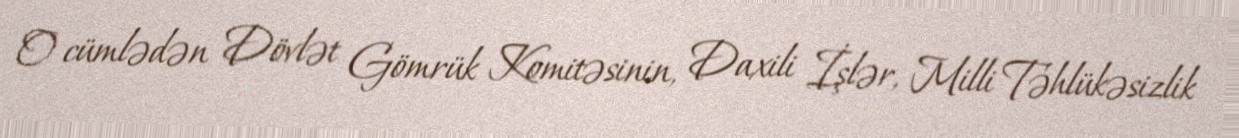
O cümlədən Dövlət Gömrük Komitəsinin, Daxili İşlər, Milli Təhlükəsizlik